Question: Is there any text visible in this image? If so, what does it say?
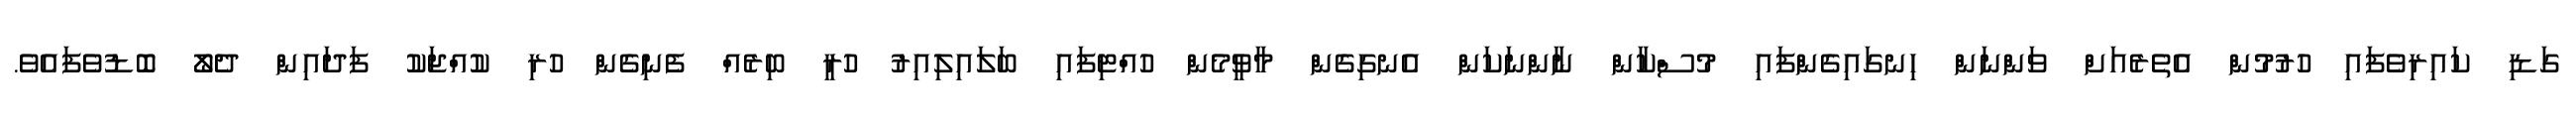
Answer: ގަޑި ކައިރިވެފައި ހުރުމުން އެތެރެއަށް ވަންނަން ހިނގައިގެންފައި މުސްކާން ނާންނަކަން އެނގިގެން މާވީމެން ހުއްޓިފައި ބަލައިލިއިރު ހުރީ ބިރެއް ފެނިގެން ހުރި ކުއްޖަކު ފަދައިން ދެލޯ ބޮޑުވެފައެވެ.